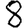
Digit: 8